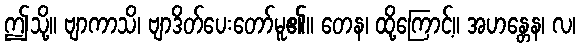
ဤသို့။ ဗျာကာသိ၊ ဗျာဒိတ်ပေးတော်မူ၏။ တေန၊ ထို့ကြောင့်။ အဟန္တေန၊ လ၊